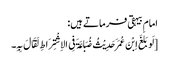
امام بیہقی فرماتے ہیں:
[لَو بَلَغَ اِبْنَ عُمَرَ حَدِیْثُ ضُبَاعَۃَ فِی الاِشْتِرَاطِ لَقَالَ بِہِ۔